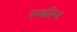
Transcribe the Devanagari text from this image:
नम्बरिन्ग